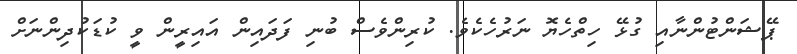
ޕޭޝަންޓުންނާއި ގުޅޭ ހިތްހެޔޮ ނަރުހެކެވެ. ކުރިންވެސް ބުނި ފަދައިން އައިރީން ވީ ކުޑަކުދިންނަށް